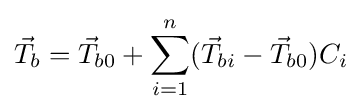
{\vec {T}}_{b}={\vec {T}}_{b0}+\sum _{i=1}^{n}({\vec {T}}_{bi}-{\vec {T}}_{b0})C_{i}